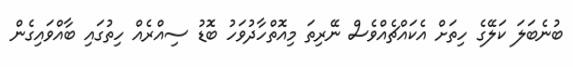
ބުނެބަލަ ކަލޭގެ ހިތަށް އެކައްޗެއްވެސް ނޭރިތަ މިއޮތްހާދުވަހު ބޮޑު ސިއްރެއް ހިތުގައި ބާއްވައިގެން